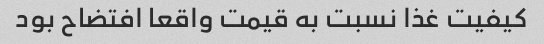
کیفیت غذا نسبت به قیمت واقعا افتضاح بود